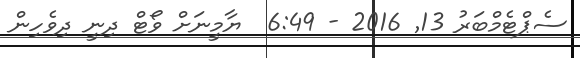
ސެޕްޓެމްބަރު 13